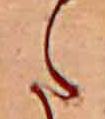
た